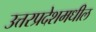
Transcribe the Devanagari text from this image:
उत्तरप्रदेशमधील